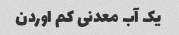
یک آب معدنی کم اوردن